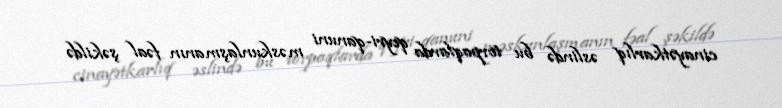
cinayətkarlıq əslində bu torpaqlarda qeyri-qanuni məskunlaşmanın fəal şəkildə